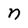
Character: n